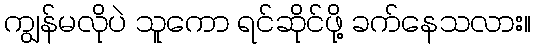
ကျွန်မလိုပဲ သူကော ရင်ဆိုင်ဖို့ ခက်နေသလား။